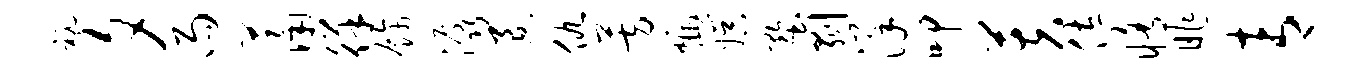
秘夕雨萧徉饰潺退仇芳燠娱墅剥详叩芙佐修昨青